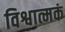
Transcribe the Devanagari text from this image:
विश्वात्मकं